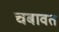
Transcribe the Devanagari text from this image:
चबावत